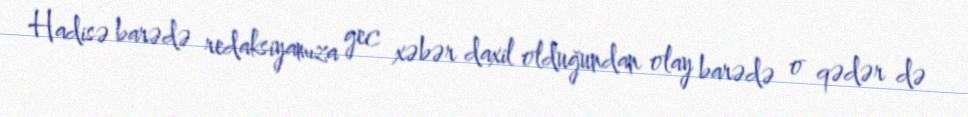
Hadisə barədə redaksiyamıza gec xəbər daxil olduğundan olay barədə o qədər də